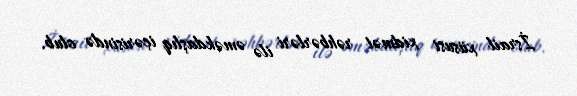
İsrail xüsusi xidmət rəhbərləri ilə əməkdaşlıq içərisində olub.